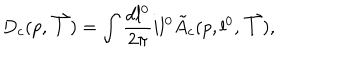
LaTeX: D _ { c } ( p , \stackrel { \rightharpoonup } { l } ) = \int \frac { d l ^ { 0 } } { 2 \pi } i l ^ { 0 } \tilde { A } _ { c } ( p , l ^ { 0 } , \stackrel { \rightharpoonup } { l } ) ,